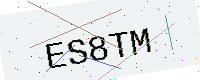
Text: ES8TM